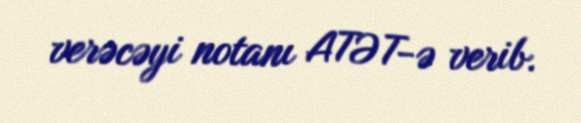
verəcəyi notanı ATƏT-ə verib.